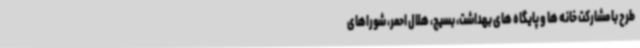
طرح با مشارکت خانه ها و پایگاه های بهداشت، بسیج، هلال احمر، شوراهای